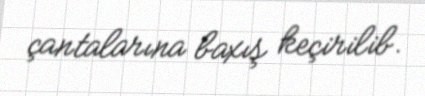
çantalarına baxış keçirilib.